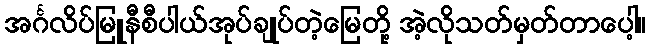
အင်္ဂလိပ်မြူနီစီပါယ်အုပ်ချုပ်တဲ့မြေတို့ အဲ့လိုသတ်မှတ်တာပေါ့။